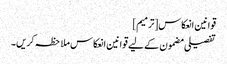
قوانین انعکاس[ترمیم]
تفصیلی مضمون کے لیے قوانین انعکاس ملاحظہ کریں۔